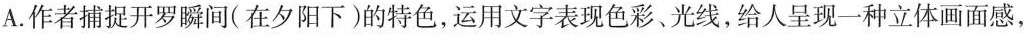
A.作者捕捉开罗瞬间(在夕阳下)的特色，运用文字表现色彩、光线，给人呈现一种立体画面感，